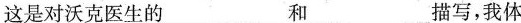
这是对沃克医生的___和___描写，我体